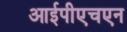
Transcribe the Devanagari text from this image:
आईपीएचएन